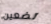
تضعين